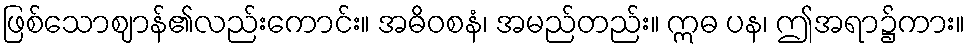
ဖြစ်သောဈာန်၏လည်းကောင်း။ အဓိဝစနံ၊ အမည်တည်း။ ဣဓ ပန၊ ဤအရာ၌ကား။